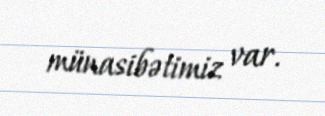
münasibətimiz var.